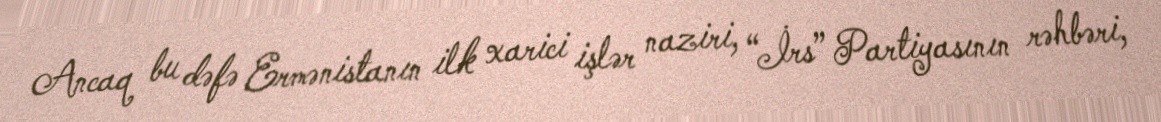
Ancaq bu dəfə Ermənistanın ilk xarici işlər naziri, “İrs” Partiyasının rəhbəri,